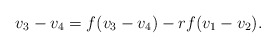
\begin{align*}v_3 - v_4 = f(v_3 - v_4) - r f(v_1 - v_2).\end{align*}